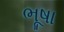
ભૂષા